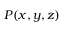
P ( x , y , z )